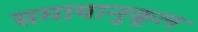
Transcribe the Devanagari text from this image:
समायानुकूल